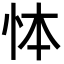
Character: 㤓